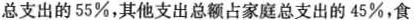
总支出的55%，其他支出总额占家庭总支出的45%，食